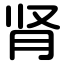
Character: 肾